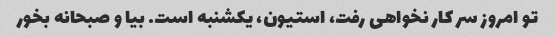
تو امروز سر کار نخواهی رفت، استیون، یکشنبه است. بیا و صبحانه بخور